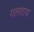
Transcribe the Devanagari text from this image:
गलशाथ